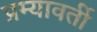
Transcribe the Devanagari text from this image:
प्रम्यावर्ती